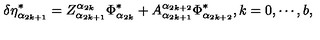
\delta \eta _ { \alpha _ { 2 k + 1 } } ^ { * } = Z _ { \alpha _ { 2 k + 1 } } ^ { \alpha _ { 2 k } } \Phi _ { \alpha _ { 2 k } } ^ { * } + A _ { \alpha _ { 2 k + 1 } } ^ { \alpha _ { 2 k + 2 } } \Phi _ { \alpha _ { 2 k + 2 } } ^ { * } , k = 0 , \cdots , b ,